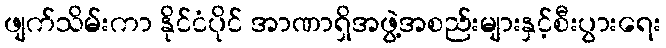
ဖျက်သိမ်းကာ နိုင်ငံပိုင် အာဏာရှိအဖွဲ့အစည်းများနှင့်စီးပွားရေး